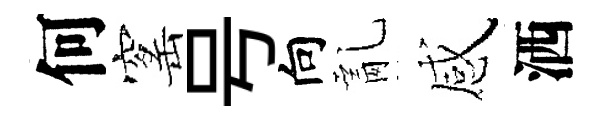
何窰号向亂感洒